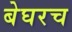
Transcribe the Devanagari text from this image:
बेघरच